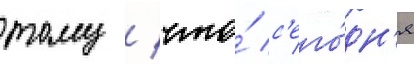
тому / что́ с'его́дн'я